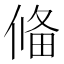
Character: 偹